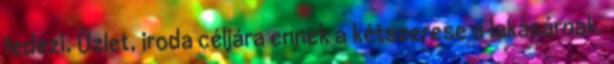
fedezi. Üzlet, iroda céljára ennek a kétszerese a lakásárnak.